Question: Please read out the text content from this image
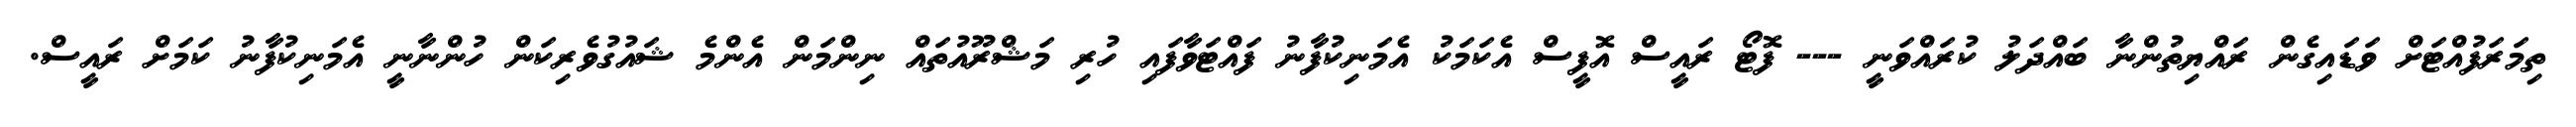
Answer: ތިމަރަފުއްޓަށް ވަޑައިގެން ރައްޔިތުންނާ ބައްދަލު ކުރައްވަނީ --- ފޮޓޯ ރައީސް އޮފީސް އެކަމަކު އެމަނިކުފާނު ފައްޓަވާފައި ހުރި މަޝްރޫއުތައް ނިންމަން އެންމެ ޝައުގުވެރިކަން ހުންނާނީ އެމަނިކުފާނު ކަމަށް ރައީސް.